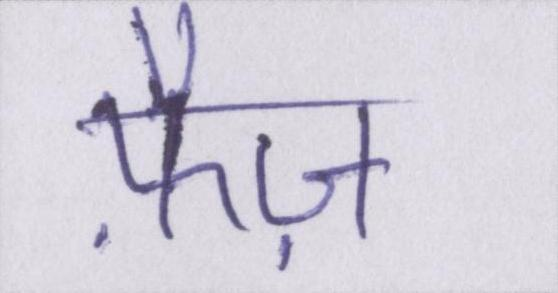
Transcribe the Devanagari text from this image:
फ़ैज़